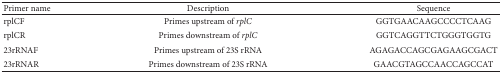
<table><thead><tr><td><b>Primer name</b></td><td><b>Description</b></td><td><b>Sequence</b></td></tr></thead><tbody><tr><td>rplCF</td><td>Primes upstream of <i>rplC </i></td><td>GGTGAACAAGCCCCTCAAG</td></tr><tr><td>rplCR</td><td>Primes downstream of<i> rplC </i></td><td>GGTCAGGTTCTGGGTGGTG</td></tr><tr><td>23rRNAF</td><td>Primes upstream of 23S rRNA</td><td>AGAGACCAGCGAGAAGCGACT</td></tr><tr><td>23rRNAR</td><td>Primes downstream of 23S rRNA</td><td>GAACGTAGCCAACCAGCCAT</td></tr></tbody></table>